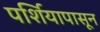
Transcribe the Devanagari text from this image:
पर्शियापासून